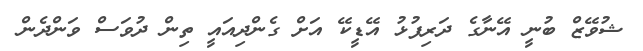
ޝުވޭޒް ބުނީ އޭނާގެ ދަރިފުޅު އޭޑީކޭ އަށް ގެންދިއައީ ތިން ދުވަސް ވަންދެން